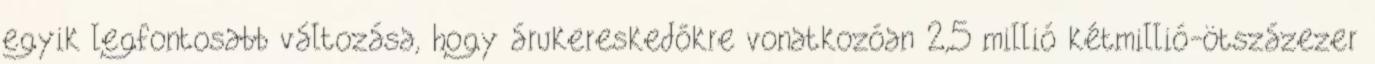
egyik legfontosabb változása, hogy árukereskedőkre vonatkozóan 2,5 millió kétmillió-ötszázezer